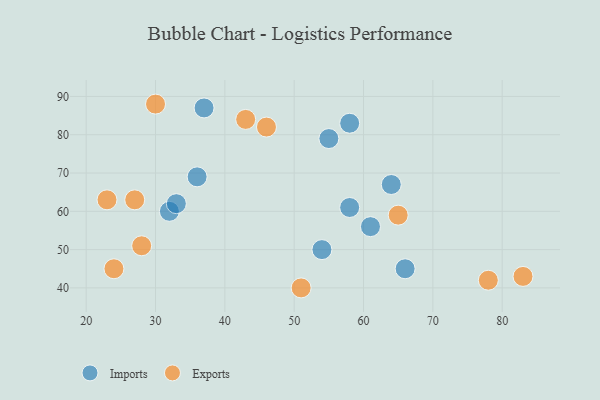
{"axis": {"x": "GDP", "y": "Life Expectancy"}, "legend": ["Exports", "Imports"], "data": [{"x": "58", "y": 83, "type": "Imports"}, {"x": "66", "y": 45, "type": "Imports"}, {"x": "64", "y": 67, "type": "Imports"}, {"x": "37", "y": 87, "type": "Imports"}, {"x": "32", "y": 60, "type": "Imports"}, {"x": "54", "y": 50, "type": "Imports"}, {"x": "55", "y": 79, "type": "Imports"}, {"x": "36", "y": 69, "type": "Imports"}, {"x": "61", "y": 56, "type": "Imports"}, {"x": "33", "y": 62, "type": "Imports"}, {"x": "58", "y": 61, "type": "Imports"}, {"x": "65", "y": 59, "type": "Exports"}, {"x": "51", "y": 40, "type": "Exports"}, {"x": "83", "y": 43, "type": "Exports"}, {"x": "30", "y": 88, "type": "Exports"}, {"x": "28", "y": 51, "type": "Exports"}, {"x": "43", "y": 84, "type": "Exports"}, {"x": "78", "y": 42, "type": "Exports"}, {"x": "46", "y": 82, "type": "Exports"}, {"x": "23", "y": 63, "type": "Exports"}, {"x": "24", "y": 45, "type": "Exports"}, {"x": "27", "y": 63, "type": "Exports"}]}